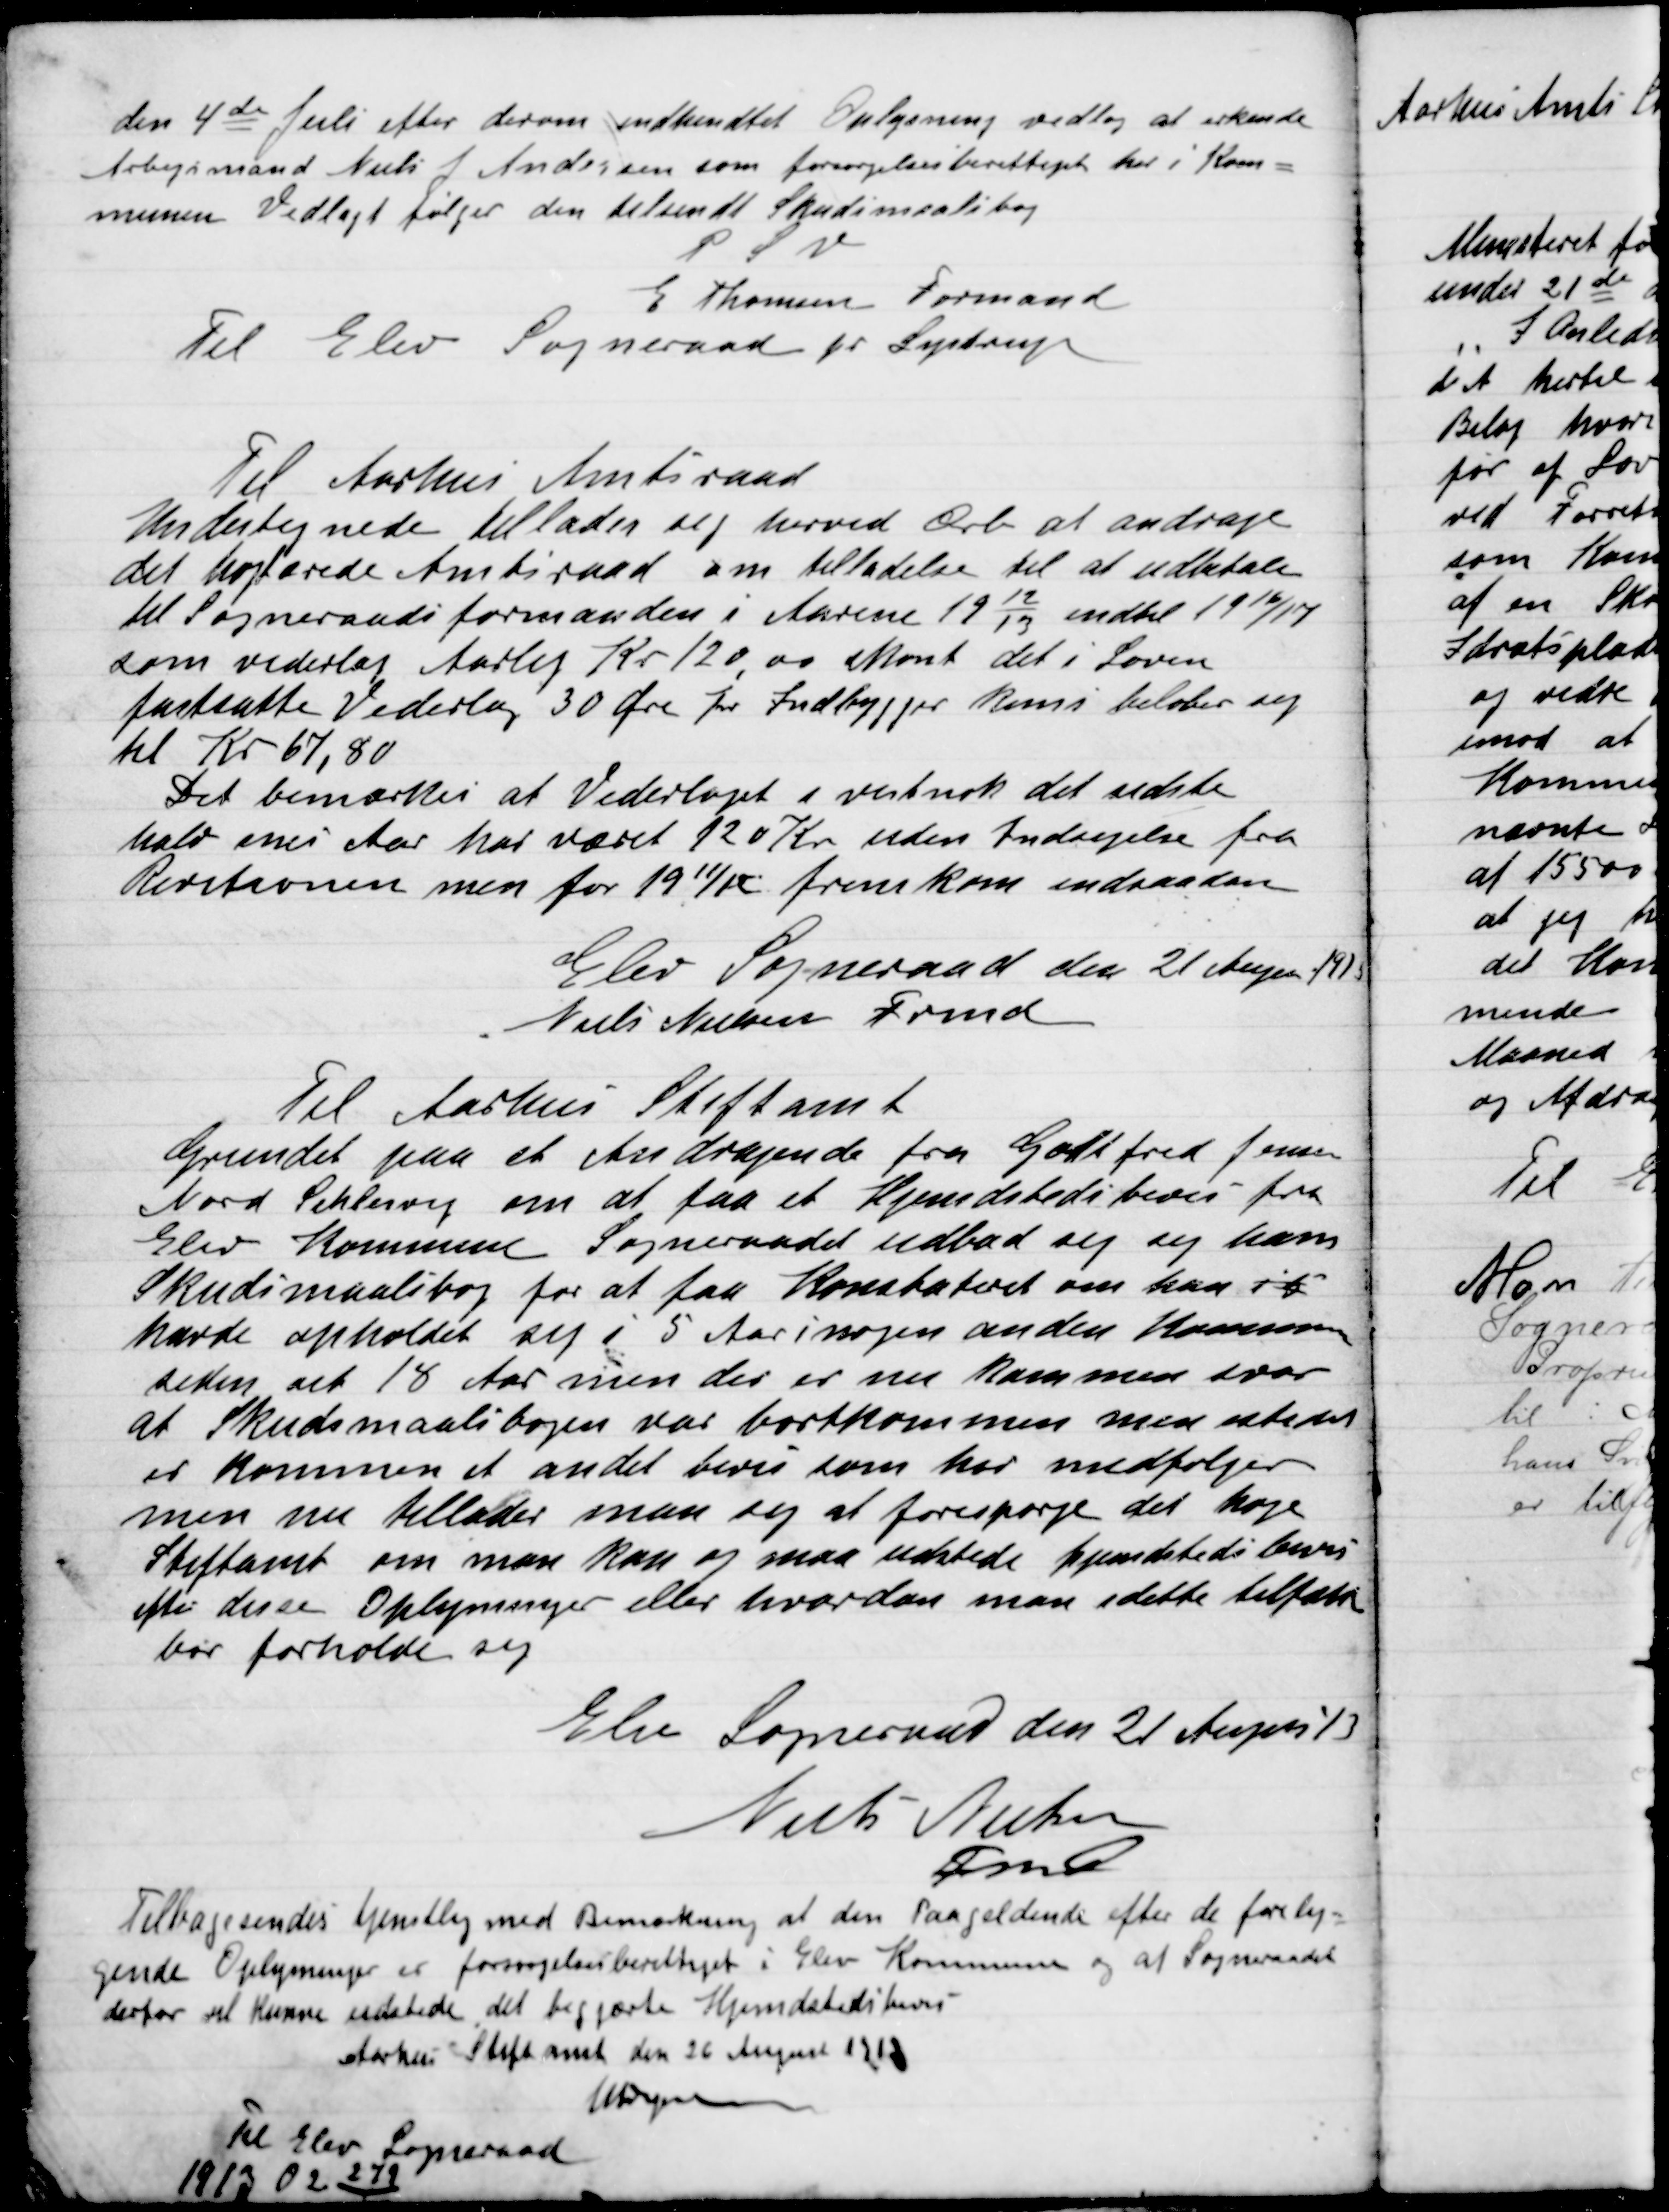
Transskription:
den 4de Juli efter derom indsendte Oplysning vedtog at erkende
Arbejdsmand Niels J. Andersen som Forsørgelsesberettiget her i Kom-
munen Vedlagt følger den tilsendte Skudsmaalsbog
P.S.V.
E. Thomsen Formand
Til Elev Sogneraad pr. Lystrup

Til Aarhus Amtsraad
Undertegnede tillader sig herved Ærb. at andrage
det højtærede Amtsraad om tilladelse til at udbetale
til Sogneraadsformanden i Aarene 1912/13 indtil 1916/17
som vederlag Aarlig Kr. 120,00 skønt det i Loven
fastsatte Vederlag 30 Øre pr Indbygger kom. beløber sig
til Kr. 67,80.
Det bemærkes at Vederlaget i vistnok det sidste
halv snes Aar har været 120 Kr. uden Indsigelse fra
Revisoren men for 1911/12 fremkom indsaadan
Elev Sogneraad den 21 August 1913
Niels Nielsen Fmd.

Til Aarhus Stiftsamt
Grundet paa et Andragende fra Godtfred Jensen
Nord Slesvig om at faa et Hjemsendelsesbevis fra
Elev Kommune Sogneraadet udbad sig sig ham
Skudsmaalsbog for at faa konstateret om han
havde opholdet sig i 5 Aar i nogen anden Kommune
siden det 18 Aar men der er nu kommen svar
at Skudsmaalsbogen var bortkommen men istedet
er kommen et andet bevis som har medfølger
men nu tillader man sig at forespørge det høje
Stiftsamt om man kan og maa udstede hjemstedsbevis
efter disse Oplysninger eller hvordan man i dette tilfælde
bør forholde sig.
Elev Sogneraad den 21 August 13
Niels Nielsen
Fmd.

Tilbagesendes tjenstlig med Bemærkning at den Paagældende efter de forelig-
 gende Oplysninger er forsørgelsesberettiget i Elev Kommune og at Sogneraadet
derfor vil kunne udstede det begærte Hjemsendelsesbevis
Aarhus Stiftsamt den 26 August 1913
K. Dreyer
Til Elev Sogneraad
1913 02 279